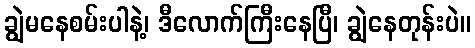
ချွဲမနေစမ်းပါနဲ့၊ ဒီလောက်ကြီးနေပြီ၊ ချွဲနေတုန်းပဲ။